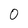
Character: 0